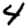
Digit: 4